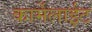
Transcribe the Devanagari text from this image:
कार्मेलाईट